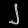
Digit: ၂